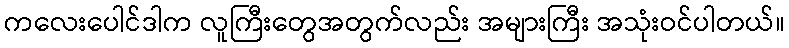
ကလေးပေါင်ဒါက လူကြီးတွေအတွက်လည်း အများကြီး အသုံးဝင်ပါတယ်။